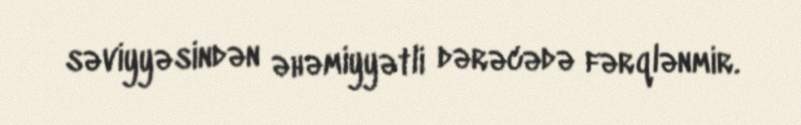
səviyyəsindən əhəmiyyətli dərəcədə fərqlənmir.